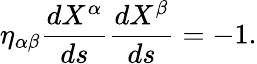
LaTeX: {\eta_{\alpha\beta}}{\frac{dX^{\alpha}}{ds}}{\frac{dX^{\beta}}{ds}}=-1.